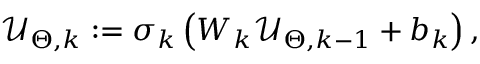
\mathcal { U } _ { \Theta , k } : = \sigma _ { k } \left( W _ { k } \mathcal { U } _ { \Theta , k - 1 } + b _ { k } \right) ,